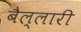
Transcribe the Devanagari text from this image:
बैल्लारी